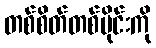
တစ်စိတ်တစ်ပိုင်းကို